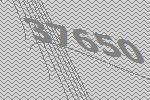
37650